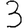
Digit: 3